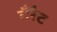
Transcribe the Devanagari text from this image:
गैरैट